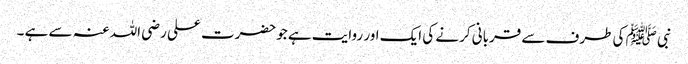
نبی ﷺ کی طرف سے قربانی کرنے کی ایک اور روایت ہے جوحضرت علی رضی اللہ عنہ سے ہے ۔